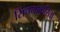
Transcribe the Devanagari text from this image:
सिंचनाकरिता